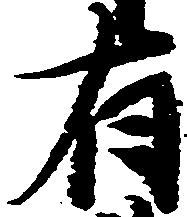
有